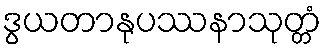
ဒွယတာနုပဿနာသုတ္တံ